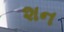
શન